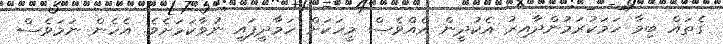
ގެތައް ބިމާ ހަމަކުރަމުންދާއިރު އެކުދީން އެއްވެސް މީހަކަށް ހަމާދީފައި ނުވާކަމަށެވެ. އެހެން ނަމަވެސް